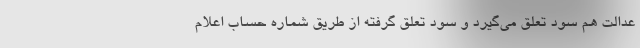
عدالت هم سود تعلق می‌گیرد و سود تعلق گرفته از طریق شماره حساب اعلام